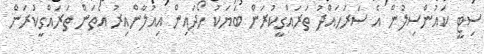
ސިޓީ ކައުންސިލުން އެ ސަރަހައްދު ތަރައްގީކުރަން ބަޔަކު ހޯދައިން އިއުލާންއިރު އެތަން ތަރައްގީކުރަން